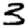
Digit: 3